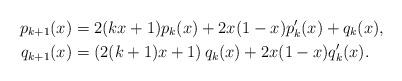
LaTeX: \begin{align*}p_{k+1}(x) &= 2(kx+1) p_k(x) + 2x(1-x) p'_k(x) + q_k(x),\\q_{k+1}(x) &= \left(2(k+1)x+1 \right) q_k(x) + 2x(1-x) q'_k(x).\end{align*}